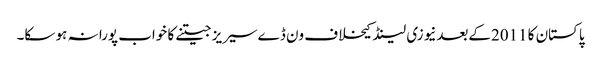
پاکستان کا 2011کےبعدنیوزی لینڈ کیخلاف ون ڈےسیریز جیتنے کا خواب پورا نہ ہو سکا۔